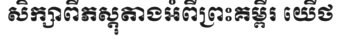
សិក្សាពីភស្តុតាងអំពីព្រះគម្ពីរ យើថ